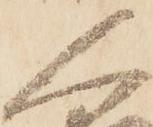
人